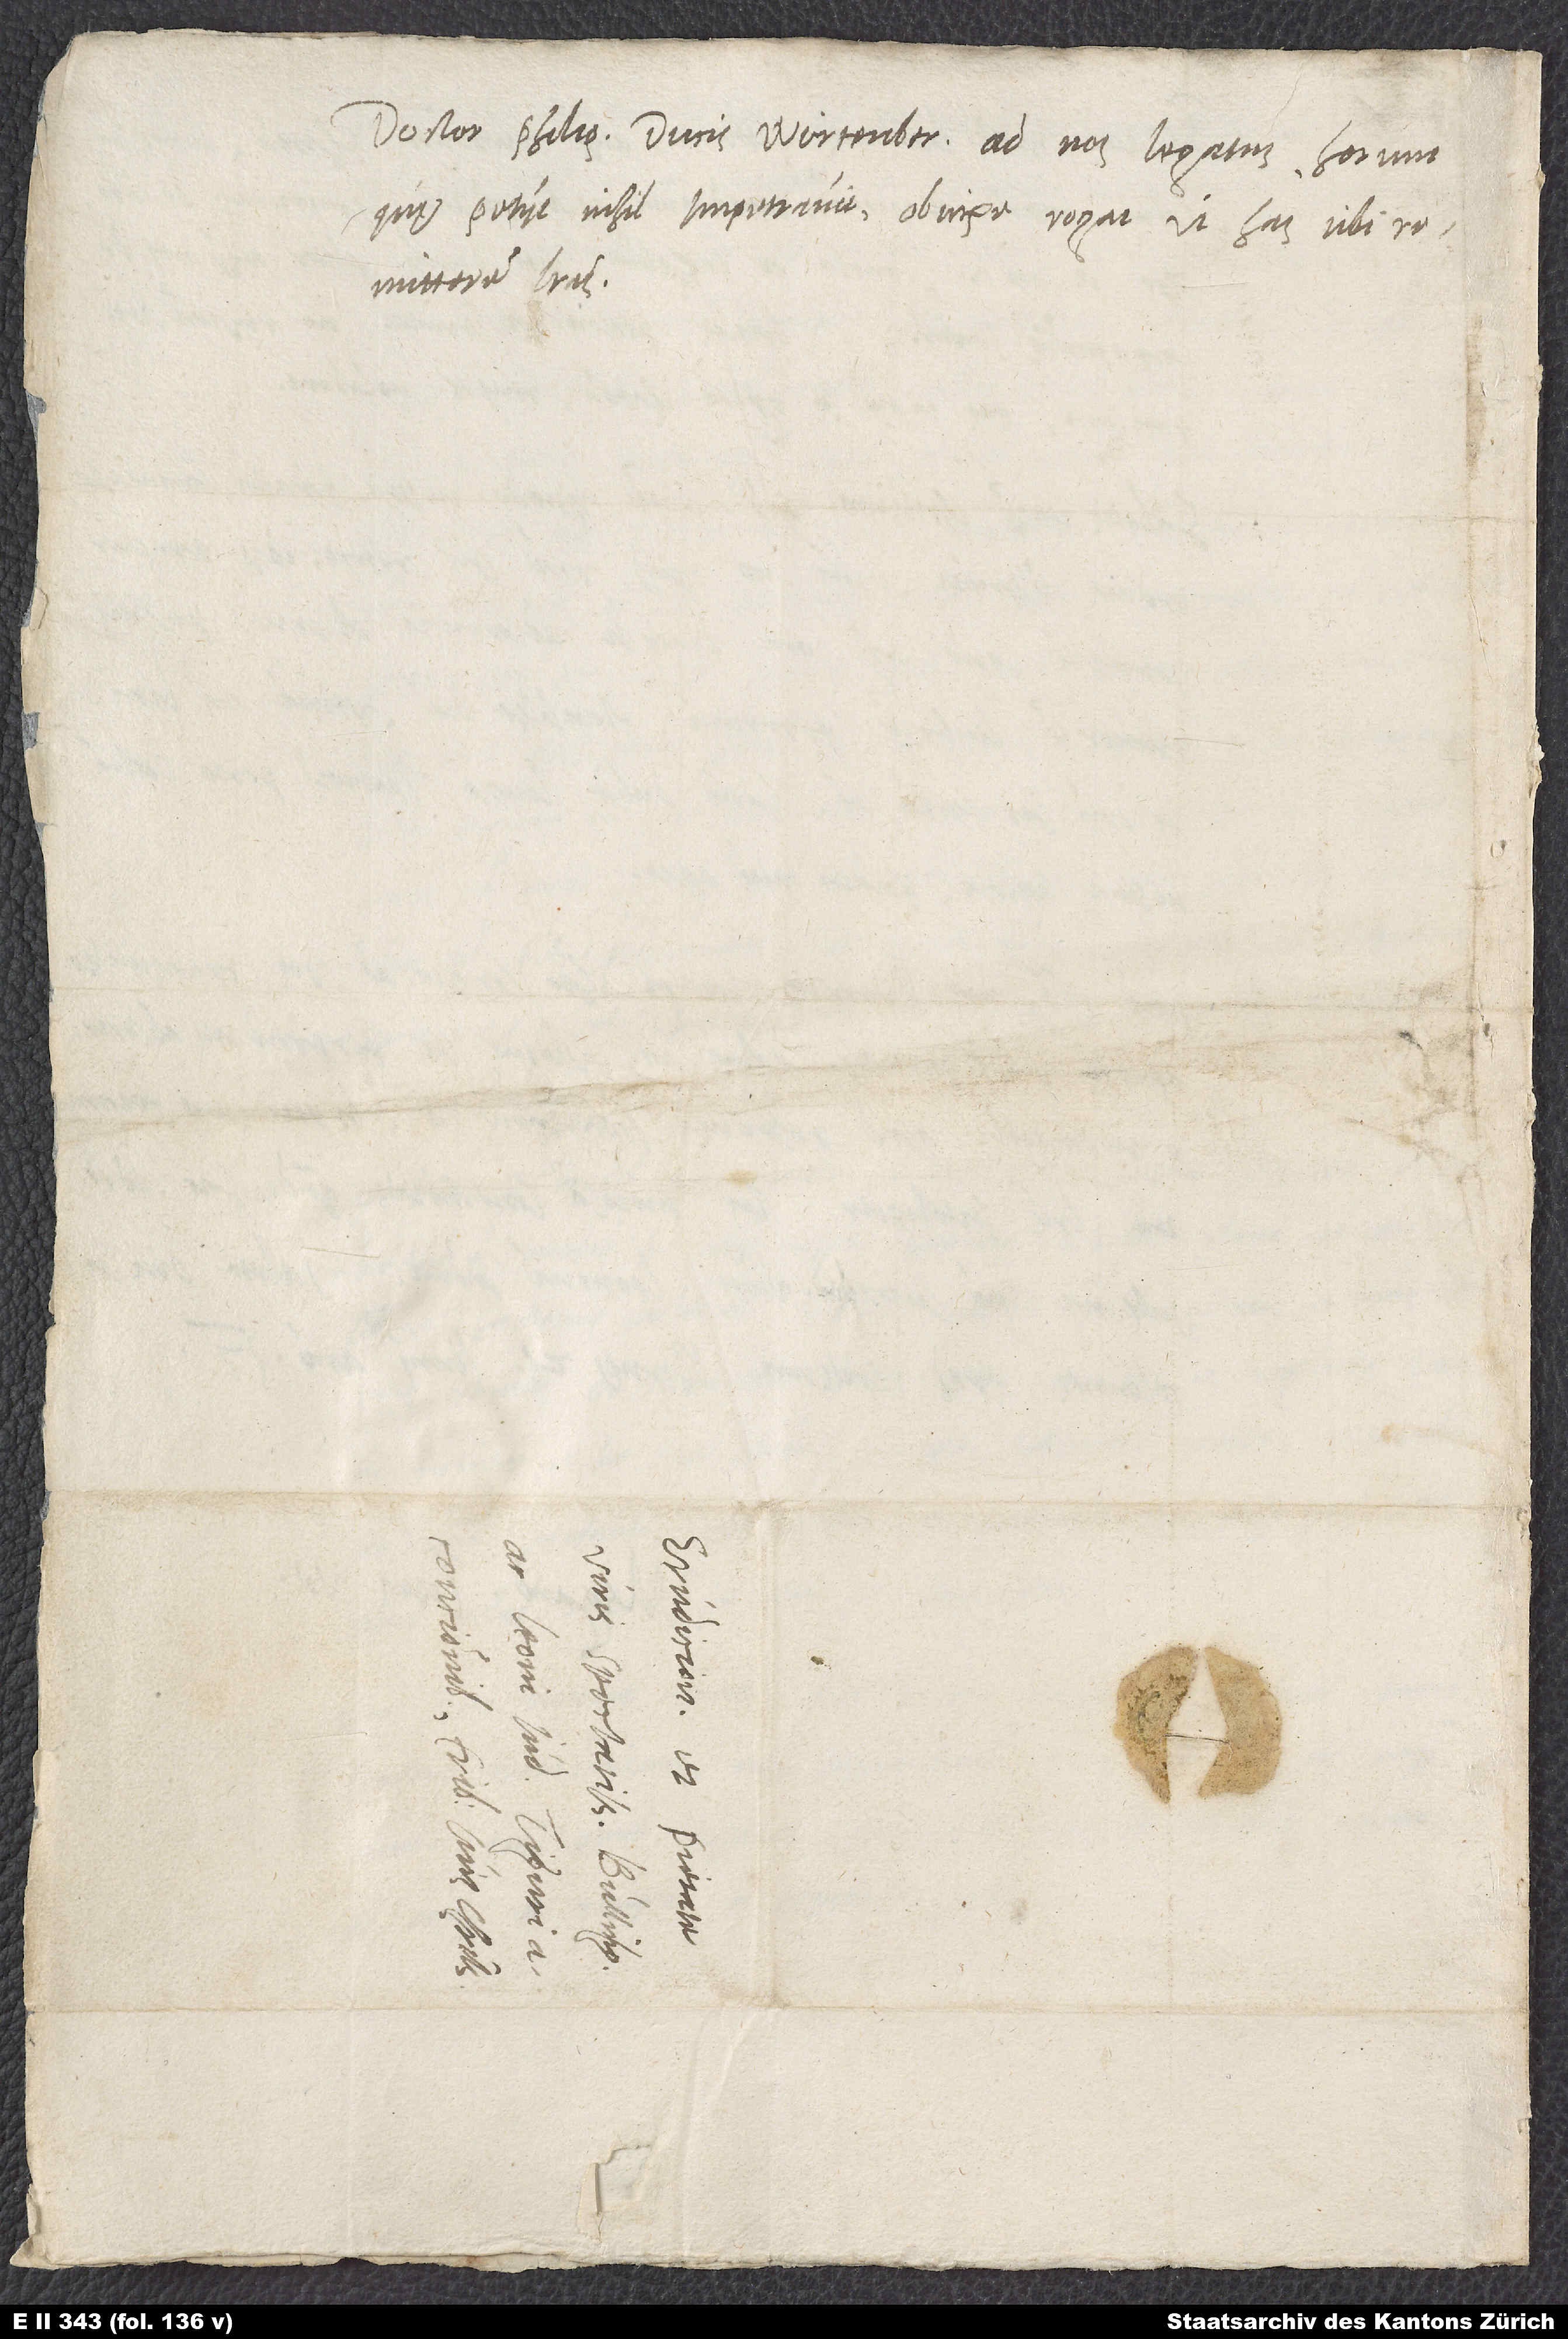
Doctor Philippus, ducis Wirtenbergensis ad nos legatus, horum,
quae petiit, nihil impetravit Obnixe ogat, ut has tibi
remitterem literas.